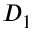
D _ { 1 }